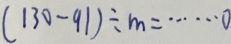
( 1 3 0 - 9 1 ) \div m = \cdots 0